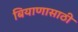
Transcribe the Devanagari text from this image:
बियाणासाठी